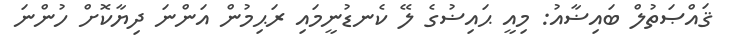
ޤައްޞަތުލް ބައިޟާއު: މިއީ ޙައިޟުގެ ލޭ ކެނޑުނީމައި ރަޙިމުން އަންނަ ދިޔާކޮށް ހުންނަ